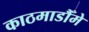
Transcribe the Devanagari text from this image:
काठमाडौँमे